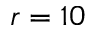
r = 1 0